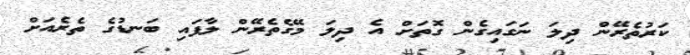
ކަރުތެރޭން ދިލަ ނަގައިގެން ގޮތަށް އެ ދިލަ މޭގެތެރޭން ލާފައި ބަނޑުގެ ތެރެއަށް